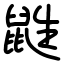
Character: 鼪